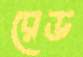
রেড